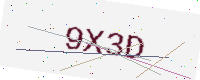
Text: 9X3D